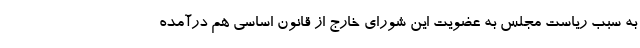
به سبب ریاست مجلس به عضویت این شورای خارج از قانون اساسی هم درآمده